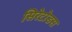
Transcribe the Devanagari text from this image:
सिरेटोडस